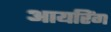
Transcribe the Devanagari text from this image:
आयरिंग